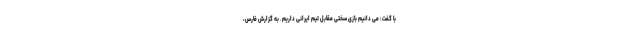
با گفت: می دانیم بازی سختی مقابل تیم ایرانی داریم. به گزارش فارس،